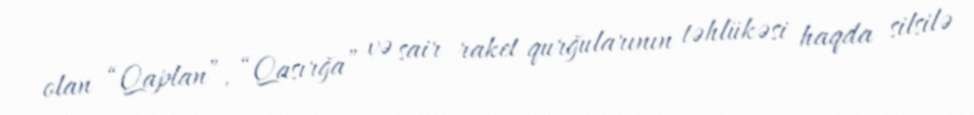
olan “Qaplan”, “Qasırğa” və sair raket qurğularının təhlükəsi haqda silsilə